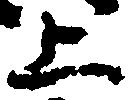
上